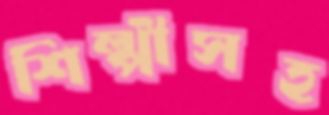
শিল্পীসহ